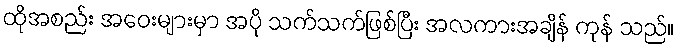
ထိုအစည်း အဝေးများမှာ အပို သက်သက်ဖြစ်ပြီး အလကားအချိန် ကုန် သည်။